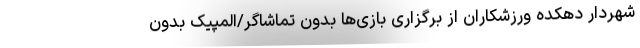
شهردار دهکده ورزشکاران از برگزاری بازی‌ها بدون تماشاگر/المپیک بدون